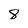
Character: 8